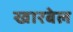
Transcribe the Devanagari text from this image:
खारबेल